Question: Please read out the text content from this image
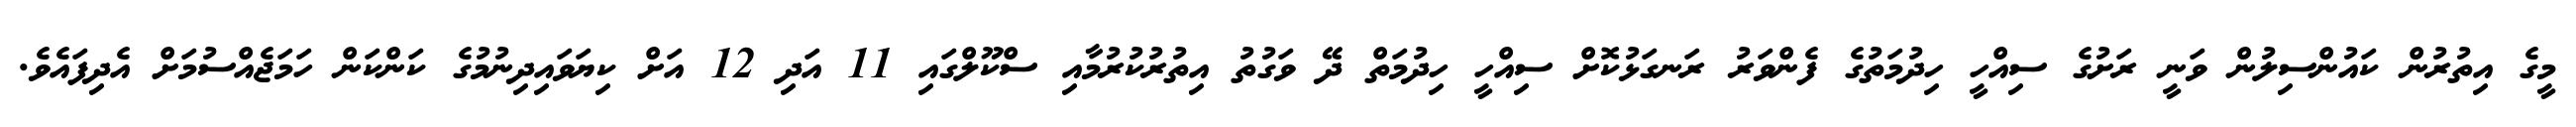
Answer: މީގެ އިތުރުން ކައުންސިލުން ވަނީ ރަށުގެ ސިއްހީ ހިދުމަތުގެ ފެންވަރު ރަނގަޅުކޮށް ސިއްހީ ހިދުމަތް ދޭ ވަގުތު އިތުރުކުރުމާއި ސްކޫލްގައި 11 އަދި 12 އަށް ކިޔަވައިދިނުމުގެ ކަންކަން ހަމަޖެއްސުމަށް އެދިފައެވެ.